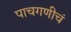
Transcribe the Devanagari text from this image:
पाचगणीचं